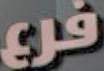
فرع